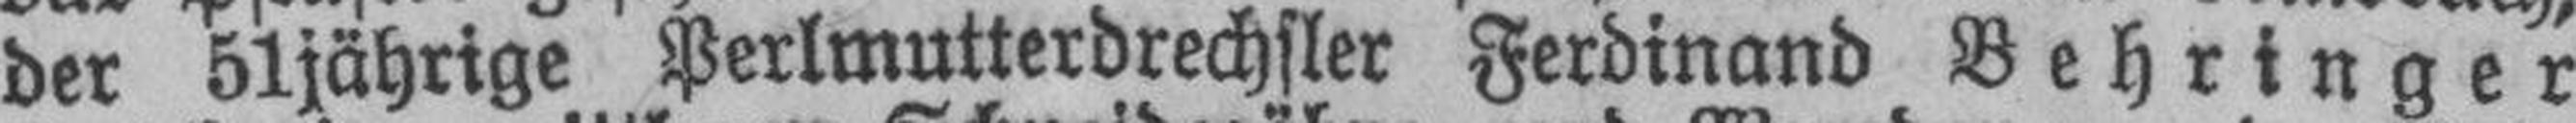
der 51jährige Perlmutterdrechsler Ferdinand Behringer